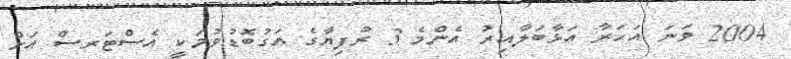
2004 ވަނަ އަހަރާ އަޅާބަލާއިރު އެންމެ 3 ރުފިޔާގެ އަގުބޮޑުވުމަކީ އެސްޓަރސް އަށް